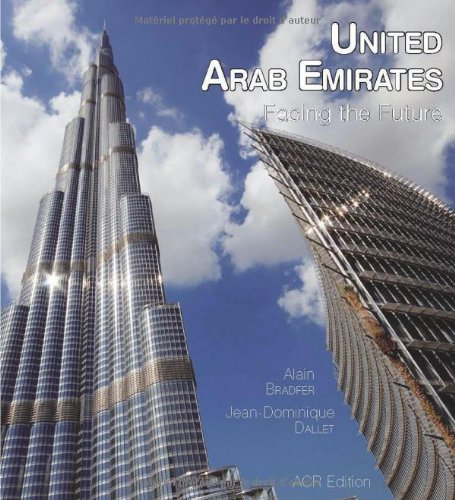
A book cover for United Arab Emirates: Facing the Future; Alain Bradfer; History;